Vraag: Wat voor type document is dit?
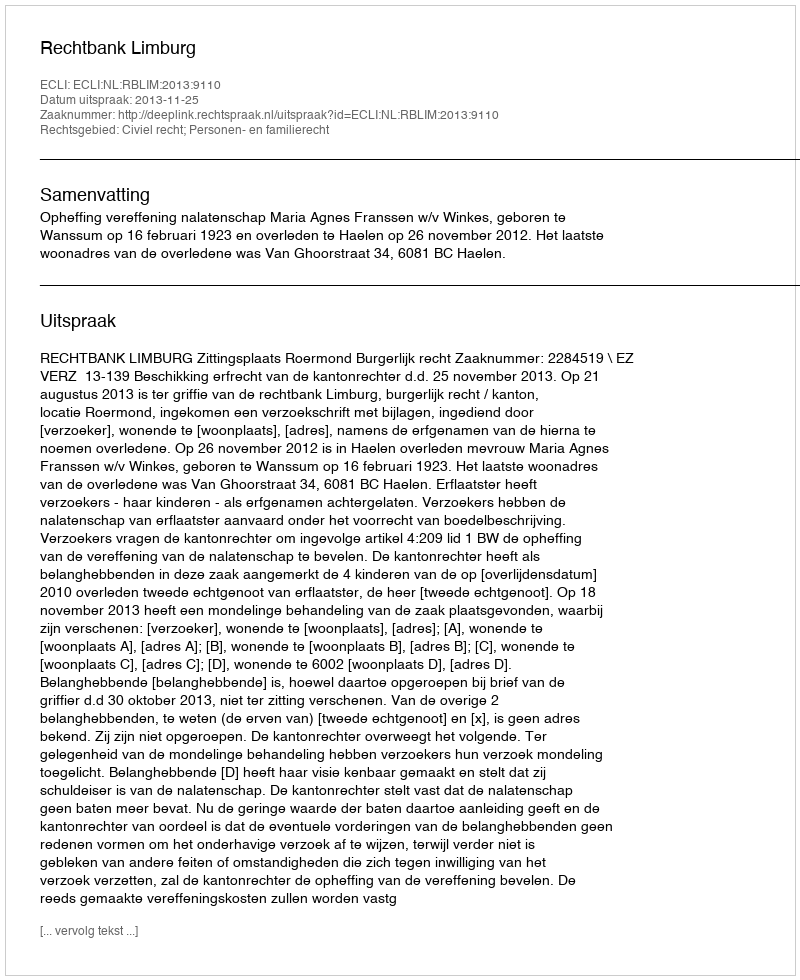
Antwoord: Uitspraak